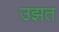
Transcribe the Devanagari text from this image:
उझत